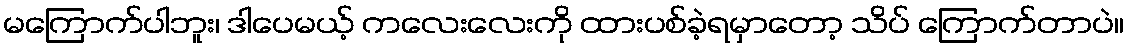
မကြောက်ပါဘူး၊ ဒါပေမယ့် ကလေးလေးကို ထားပစ်ခဲ့ရမှာတော့ သိပ် ကြောက်တာပဲ။